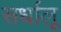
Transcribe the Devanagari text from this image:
सर्धालू